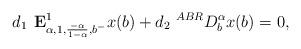
LaTeX: \begin{align*} d_1 \textbf{ E}^1_{\alpha,1, \frac{-\alpha}{1-\alpha},b^-}x(b)+ d_2 ~^{ABR}D_b^\alpha x(b)=0,\end{align*}